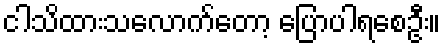
ငါသိထားသလောက်တော့ ပြောပါရစေဦး။